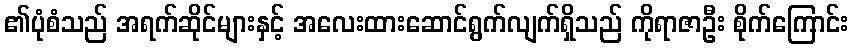
၏ပုံစံသည် အရက်ဆိုင်များနှင့် အလေးထားဆောင်ရွက်လျက်ရှိသည် ကိုရာဇာဦး စိုက်ကြောင်း